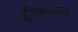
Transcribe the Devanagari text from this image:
इतिहासला